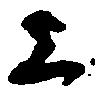
上